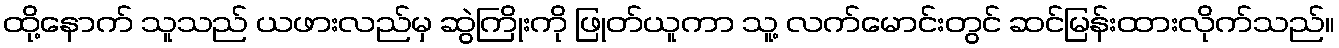
ထို့နောက် သူသည် ယဖားလည်မှ ဆွဲကြိုးကို ဖြုတ်ယူကာ သူ့ လက်မောင်းတွင် ဆင်မြန်းထားလိုက်သည်။